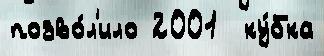
позво́л'ило 2001  ку́бка